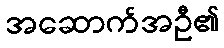
အဆောက်အဦ၏